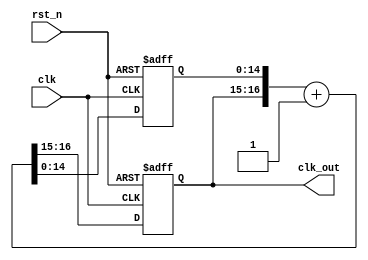
`timescale 1ns / 1ps
//////////////////////////////////////////////////////////////////////////////////
// Company: 
// Engineer: 
// 
// Design Name: 
// Module Name: clk_scan_generator
// Project Name: 
// Target Devices: 
// Tool Versions: 
// Description: 
// 
// Dependencies: 
// 
// Revision:
// Revision 0.01 - File Created
// Additional Comments:
// 
//////////////////////////////////////////////////////////////////////////////////


module clk_scan_generator(clk, rst_n, clk_out);

    input clk;
    input rst_n;
    output reg [1:0] clk_out;
    reg [14:0] clk_buff;
    reg [16:0] clk_next;

    always@*
    clk_next = {clk_out, clk_buff} + 1'b1;

    always@(posedge clk or negedge rst_n)
    if(~rst_n)
        {clk_out, clk_buff} <= 17'b0;
    else
        {clk_out, clk_buff} <= clk_next;

endmodule